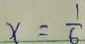
x = \frac { 1 } { 6 }